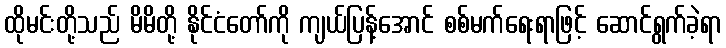
ထိုမင်းတို့သည် မိမိတို့ နိုင်ငံတော်ကို ကျယ်ပြန့်အောင် စစ်မက်ရေးရာဖြင့် ဆောင်ရွက်ခဲ့ရာ